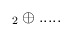
\begin{align*}_{2}\oplus .....\end{align*}